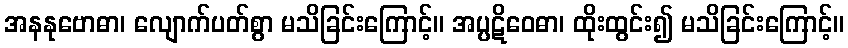
အနနုဗောဓာ၊ လျောက်ပတ်စွာ မသိခြင်းကြောင့်။ အပ္ပဋိဝေဓာ၊ ထိုးထွင်း၍ မသိခြင်းကြောင့်။